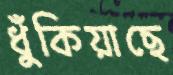
ধুঁকিয়াছে